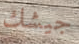
جيشك